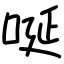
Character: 唌